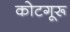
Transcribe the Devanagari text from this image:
कोटगूरू